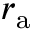
r _ { \mathrm { a } }